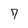
Character: 7